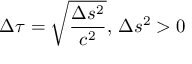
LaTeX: \Delta \tau = { \sqrt { \frac { \Delta s ^ { 2 } } { c ^ { 2 } } } } , \, \Delta s ^ { 2 } > 0